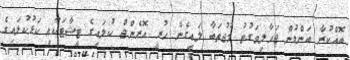
ބޮއްކުރާ ބަންޑުން ޖަހާލިވަގުތު މުޖުތަބާ ލައިގެން ހުރީ އޮރެންޖް ކުލައިގެ ޓީޝާޓަކާއި ކަޅުކުލައިގެ